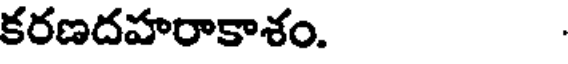
కరణదహరాకాశం.